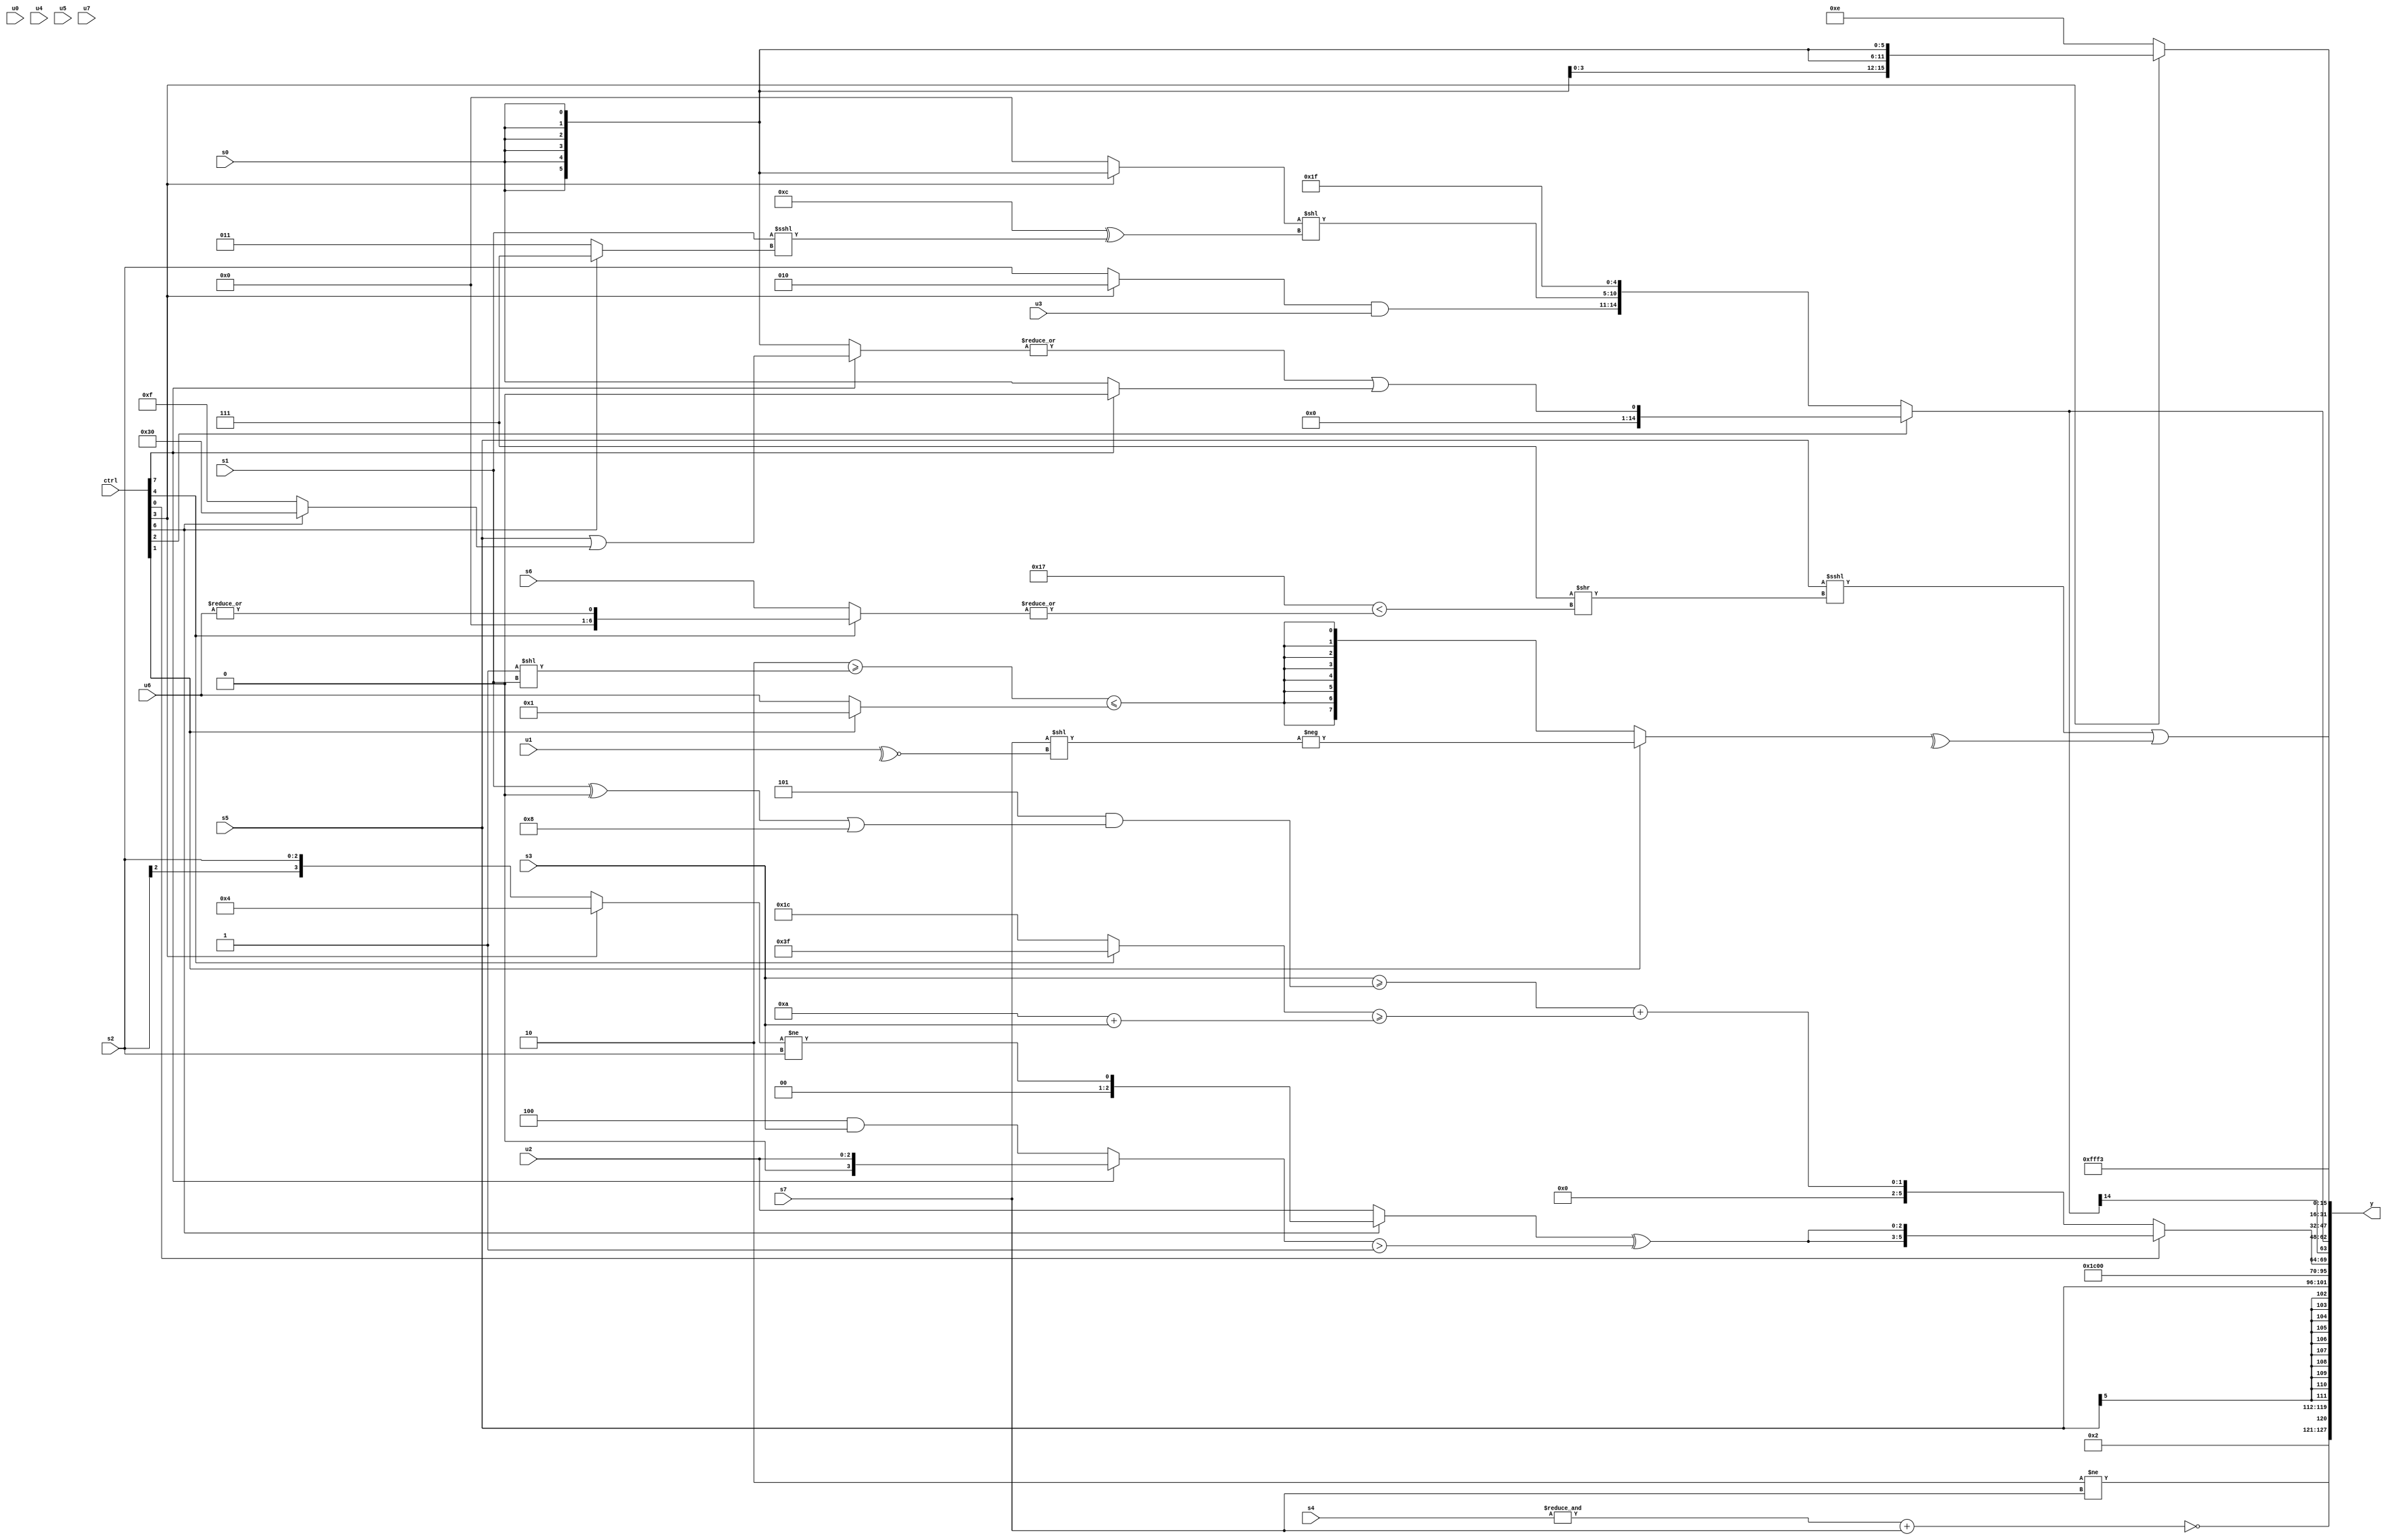
module wideexpr_00107(ctrl, u0, u1, u2, u3, u4, u5, u6, u7, s0, s1, s2, s3, s4, s5, s6, s7, y);
  input [7:0] ctrl;
  input [0:0] u0;
  input [1:0] u1;
  input [2:0] u2;
  input [3:0] u3;
  input [4:0] u4;
  input [5:0] u5;
  input [6:0] u6;
  input [7:0] u7;
  input signed [0:0] s0;
  input signed [1:0] s1;
  input signed [2:0] s2;
  input signed [3:0] s3;
  input signed [4:0] s4;
  input signed [5:0] s5;
  input signed [6:0] s6;
  input signed [7:0] s7;
  output [127:0] y;
  wire [15:0] y0;
  wire [15:0] y1;
  wire [15:0] y2;
  wire [15:0] y3;
  wire [15:0] y4;
  wire [15:0] y5;
  wire [15:0] y6;
  wire [15:0] y7;
  assign y = {y0,y1,y2,y3,y4,y5,y6,y7};
  assign y0 = $signed({3'sb010,($signed(+(2'sb10)))!=(s7),~((&(s4))+(s7))});
  assign y1 = s5;
  assign y2 = 4'sb0111;
  assign y3 = (ctrl[0]?(ctrl[0]?{2{((ctrl[6]?((ctrl[3]?4'sb0100:s2))!=($signed(s2)):u2))^(((ctrl[7]?u2:(3'b100)&(s3)))>(5'b00001))}}:{s5,1'sb0}):((s3)>=((+($unsigned((2'sb10)^(3'sb011))))&(+(((s1)^(1'sb0))|(-(5'b11000))))))+(((ctrl[4]?1'sb1:6'sb011100))>=((5'sb01010)+(s3))));
  assign y4 = $signed((ctrl[2]?(^((|((ctrl[7]?($signed(s5))|((ctrl[6]?5'sb10000:6'sb001111)):$signed(-(s0)))))<<<({4{3'sb000}})))|((ctrl[7]?$signed(2'sb00):s0)):{((ctrl[3]?2'sb10:s2))&(u3),((ctrl[3]?s0:(s5)>>(4'sb1010)))<<($signed($signed(({3'b001,3'sb100})^((s1)<<<((ctrl[6]?4'sb0111:5'sb00011)))))),5'sb11111}));
  assign y5 = $signed(6'sb110011);
  assign y6 = (ctrl[3]?s0:$signed(5'b01110));
  assign y7 = (($signed(s5))<<<((3'b111)>>((5'sb10111)<(|((ctrl[4]?|($unsigned(u6)):(ctrl[4]?(s3)<=(1'sb1):$signed(s6))))))))|($unsigned(^((ctrl[1]?-((s7)<<(+(~^(u1)))):$signed(((3'sb010)>=((1'b1)<<(s1)))<=((ctrl[1]?~^(3'sb110):u6)))))));
endmodule